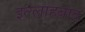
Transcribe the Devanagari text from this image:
इल्लाहबाद